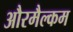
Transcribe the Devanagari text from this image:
औरमैल्कम